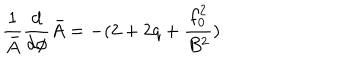
\frac { 1 } { \bar { A } } \frac { d } { d \phi } \bar { A } = - ( 2 + 2 q + \frac { f _ { 0 } ^ { 2 } } { B ^ { 2 } } )